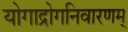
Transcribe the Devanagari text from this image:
योगाद्रोगनिवारणम्